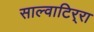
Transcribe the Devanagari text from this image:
साल्वाटिर्‍रा